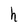
Character: h